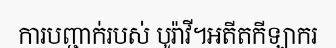
ការបញ្ជាក់របស់ បូរ៉ាវី។អតីតកីឡាករ